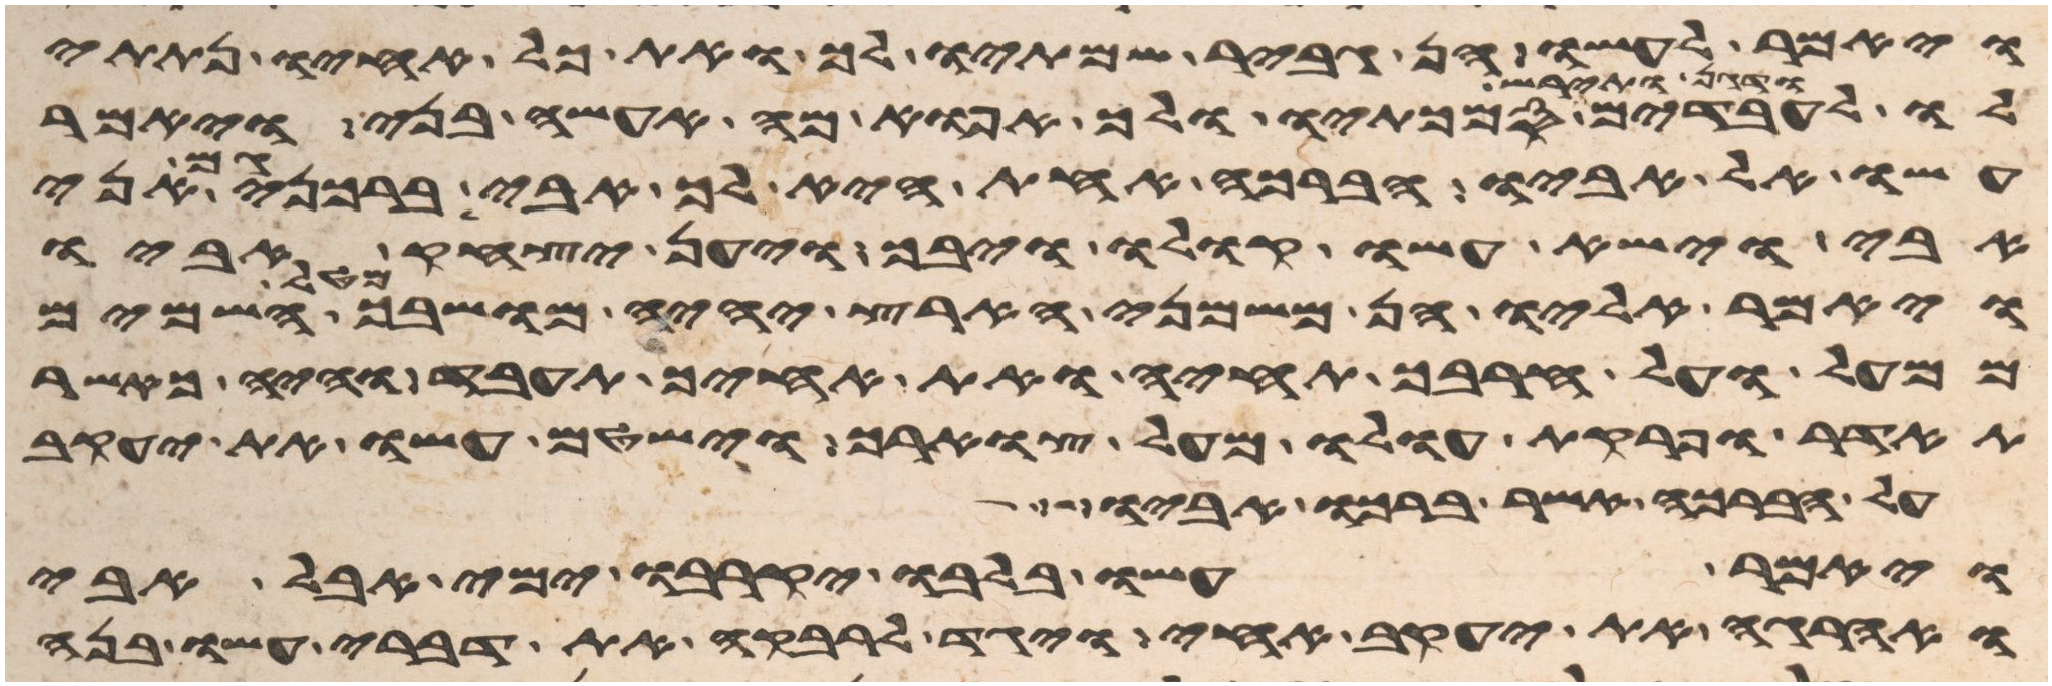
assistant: ויאמר לעשו הן גביר שמתיו לך ואת כל אחיו נתתי
לו לעבדים ודגן ותירש סמכתיו ולך אפוא מה אעשה בני ויאמר
עשו אל אביו הברכה אחת היא לך אבי ברכני גם אני
אבי וישא עשו קולו ויבך ויען יצחק אביו
ויאמר אליו הן משמני הארץ יהיה מושבך מטל השמים
ממעל ועל חרבך תחיה ואת אחיך תעבד והיה כאשר
תהדר ופרקת עולו מעל צוארך וישטם עשו את יעקב
על הברכה אשר ברכו אביו
ויאמר עשו בלבו יקרבו ימי אבל אבי
ואהרגה את יעקב אחי ויגד לרבקה את דברי עשו בנה